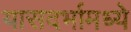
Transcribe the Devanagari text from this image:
यासदर्भामध्ये